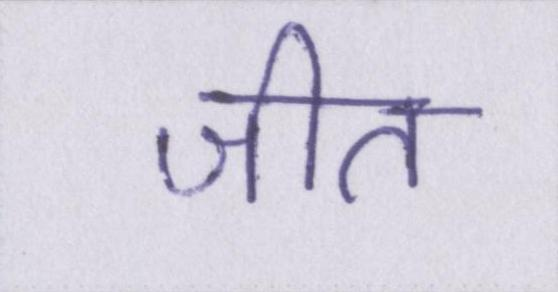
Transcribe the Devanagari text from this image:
जीत